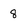
Character: 8